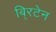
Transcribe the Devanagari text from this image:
बि्रटेन